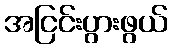
အငြင်းပွားဖွယ်